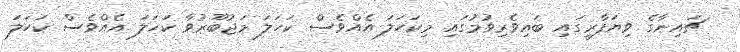
ޗައިނާގެ ވިޔަފާރީގައި ބައިވެރިވުމުގައި މިކަހަލަ އެއްވެސް ކަހަލަ މަޖުބޫރުވާ ކަހަލަ އެއްވެސް ކަހަލަ